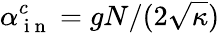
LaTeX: \alpha_{\mathrm{~i~n~}}^{c}=gN/(2\sqrt{\kappa})